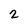
Character: 2